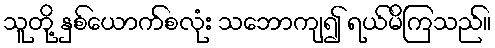
သူတို့ နှစ်ယောက်စလုံး သဘောကျ၍ ရယ်မိကြသည်။